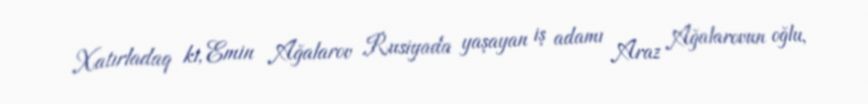
Xatırladaq ki, Emin Ağalarov Rusiyada yaşayan iş adamı Araz Ağalarovun oğlu,